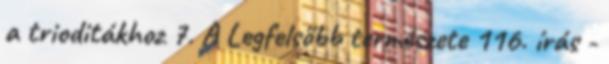
a trioditákhoz 7. A Legfelsőbb természete 116. írás -